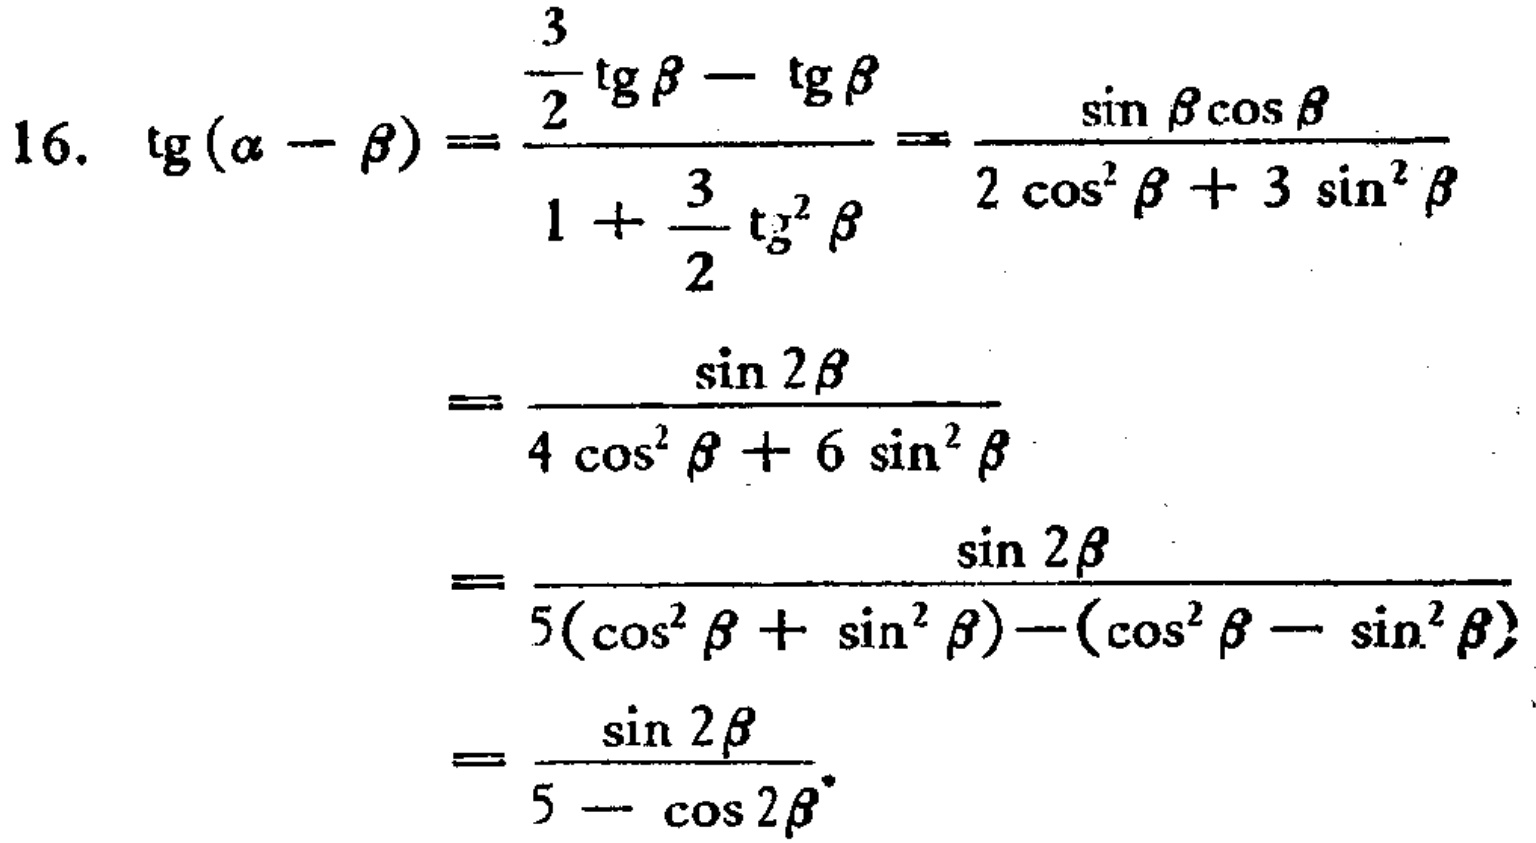
16. \(\tg(\alpha - \beta)=\frac{\frac{3}{2}\tg\beta-\tg\beta}{1 + \frac{3}{2}\tg^{2}\beta}=\frac{\sin\beta\cos\beta}{2\cos^{2}\beta + 3\sin^{2}\beta}\)

\(=\frac{\sin2\beta}{4\cos^{2}\beta + 6\sin^{2}\beta}\)

\(=\frac{\sin2\beta}{5(\cos^{2}\beta+\sin^{2}\beta)-(\cos^{2}\beta - \sin^{2}\beta)}\)

\(=\frac{\sin2\beta}{5-\cos2\beta}\)